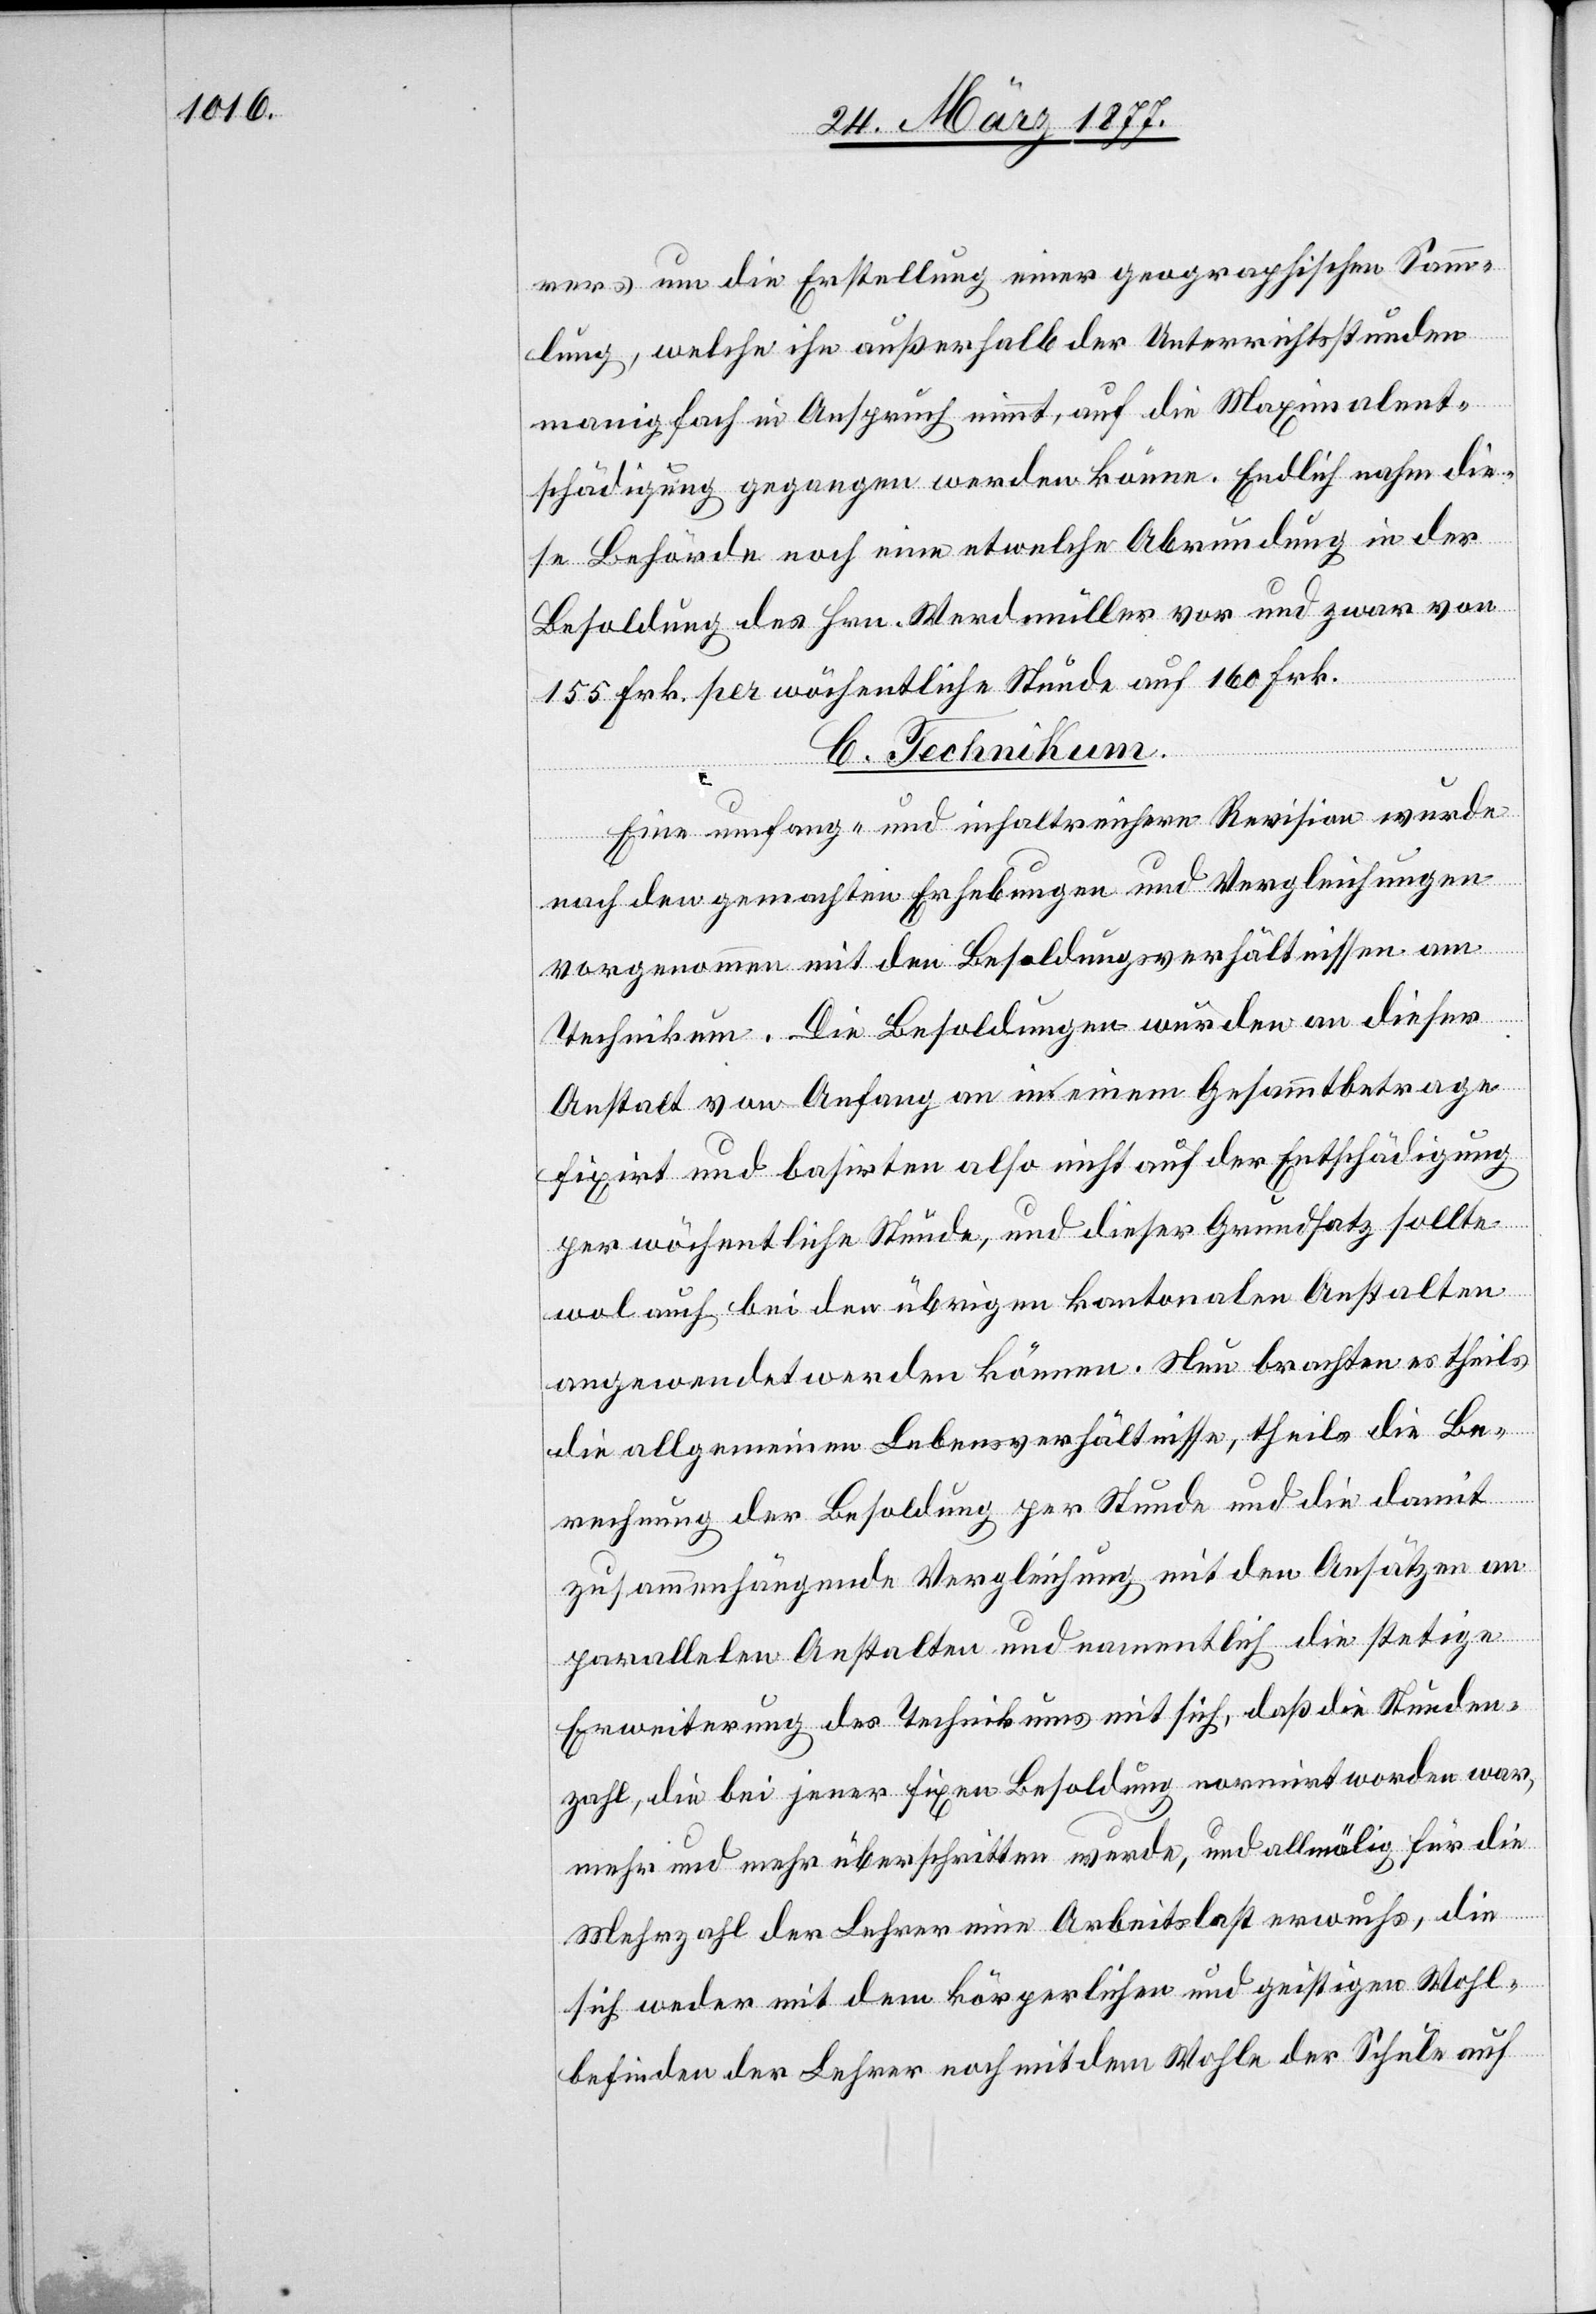
rers um die Erstellung einer geographischen Samm¬
lung, welche ihn außerhalb der Unterrichtsstunden
manigfach [sic!] in Anspruch nimmt, auf die Maximalent¬
schädigung gegangen werden könne. Endlich nahm die¬
se Behörde noch eine etwelche Abrundung in der
Besoldung des Hrn. Werdmüller vor und zwar von
155 Frk. per wöchentliche Stunde auf 160 Frk.
C. Technikum.
Eine umfang- und inhaltreichere Revision wurde
nach den gemachten Erhebungen und Vergleichungen
vorgenommen mit den Besoldungsverhältnissen am
Technikum. Die Besoldungen wurden an dieser
Anstalt von Anfang an in einem Gesammtbetrage
fixirt und basirten also nicht auf der Entschädigung
per wöchentliche Stunde, und dieser Grundsatz sollte
wol auch bei den übrigen kantonalen Anstalten
angewendet werden können. Nun brachten es theils
die allgemeinen Lebensverhältnisse, theils die Be¬
rechnung der Besoldung per Stunde und die damit
zusammenhängende Vergleichung mit den Ansätzen an
parallelen Anstalten und namentlich die stetige
Erweiterung des Technikums mit sich, daß die Stunden¬
zahl, die bei jener fixen Besoldung normirt worden war,
mehr und mehr überschritten wurde, und allmälig für die
Mehrzahl der Lehrer eine Arbeitslast erwuchs, die
sich weder mit dem körperlichen und geistigen Wohl¬
befinden der Lehrer noch mit dem Wohle der Schule auf